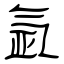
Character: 氩